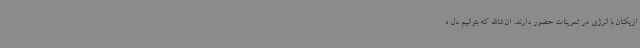
ازیکنان با انرژی در تمرینات حضور دارند. ان‌شاالله که بتوانیم دل ه